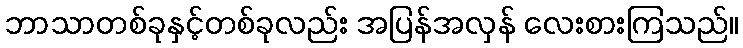
ဘာသာတစ်ခုနှင့်တစ်ခုလည်း အပြန်အလှန် လေးစားကြသည်။